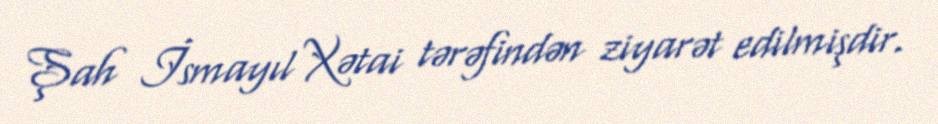
Şah İsmayıl Xətai tərəfindən ziyarət edilmişdir.